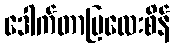
ဒေါက်တာမြလေးစိန်